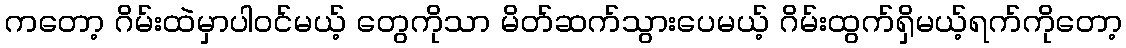
ကတော့ ဂိမ်းထဲမှာပါဝင်မယ့် တွေကိုသာ မိတ်ဆက်သွားပေမယ့် ဂိမ်းထွက်ရှိမယ့်ရက်ကိုတော့